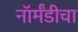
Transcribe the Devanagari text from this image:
नॉर्मंडीचा